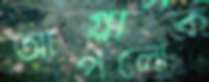
আপলোক